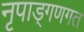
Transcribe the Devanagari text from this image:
नृपाड्गणगत